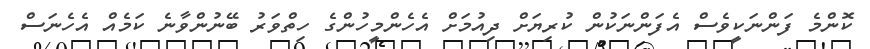
ކޮންމެ ފަންނަކީވެސް އެފަންނަކުން ކުރިޔަށް ދިއުމަށް އެހެންމީހުންގެ ހިތްވަރު ބޭނުންވާނެ ކަމެއް އެހެނަސް